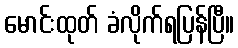
မောင်းထုတ် ခံလိုက်ရပြန်ပြီ။